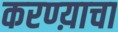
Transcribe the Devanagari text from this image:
करण्य़ाचा